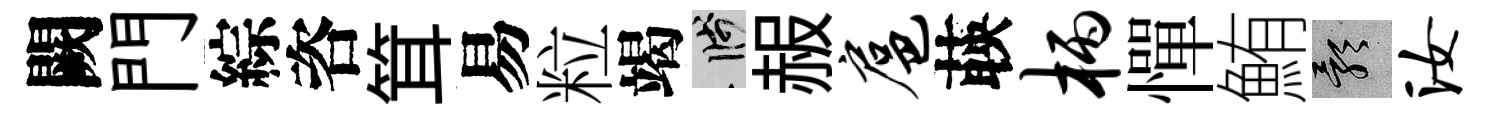
闕門綜咨䇯易粒竭箋赧扈𦴤柄憚鮪影汝